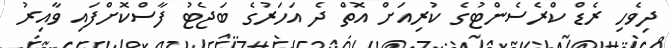
ދިވެހި ރެޑް ކްރެސެންޓުގެ ކުރިއަށް އޮތް ދެ އަހަރުގެ ބަޖެޓު ފާސްކޮށްފައި ވާއިރު